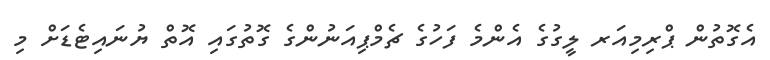
އެގޮތުން ޕްރިމިއަރ ލީގުގެ އެންމެ ފަހުގެ ޗެމްޕިއަނުންގެ ގޮތުގައި އޮތް ޔުނައިޓެޑަށް މި